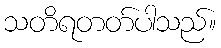
သတိရတတ်ပါသည်။